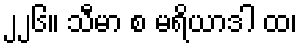
၂၂၆။ သီမာ စ မရိယာဒါ ထ၊